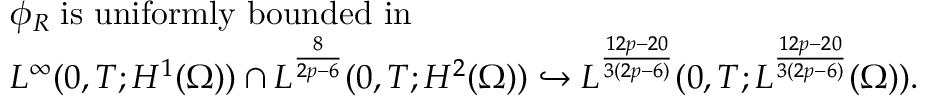
\begin{array} { r l } & { \phi _ { R } \; \mathrm { i s ~ u n i f o r m l y ~ b o u n d e d ~ i n } \; } \\ & { L ^ { \infty } ( 0 , T ; H ^ { 1 } ( \Omega ) ) \cap L ^ { \frac { 8 } { 2 p - 6 } } ( 0 , T ; H ^ { 2 } ( \Omega ) ) \hookrightarrow L ^ { \frac { 1 2 p - 2 0 } { 3 ( 2 p - 6 ) } } ( 0 , T ; L ^ { \frac { 1 2 p - 2 0 } { 3 ( 2 p - 6 ) } } ( \Omega ) ) . } \end{array}